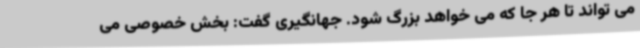
می تواند تا هر جا که می خواهد بزرگ شود. جهانگیری گفت: بخش خصوصی می